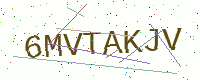
Text: 6MVTAKJV